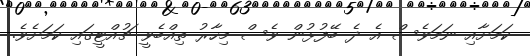
ކަމަށާއި ނަމަވެސް އެ ދެ ބޭފުޅުން ވެސް މިހާރު ތިއްބެވީ ޗުއްޓީގައި ކަމަށެވެ.